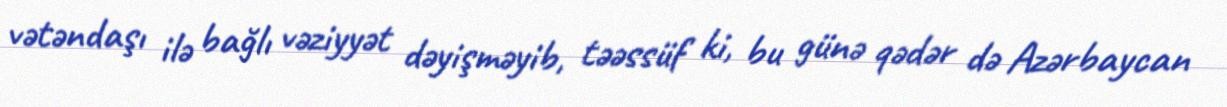
vətəndaşı ilə bağlı vəziyyət dəyişməyib, təəssüf ki, bu günə qədər də Azərbaycan